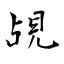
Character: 覘